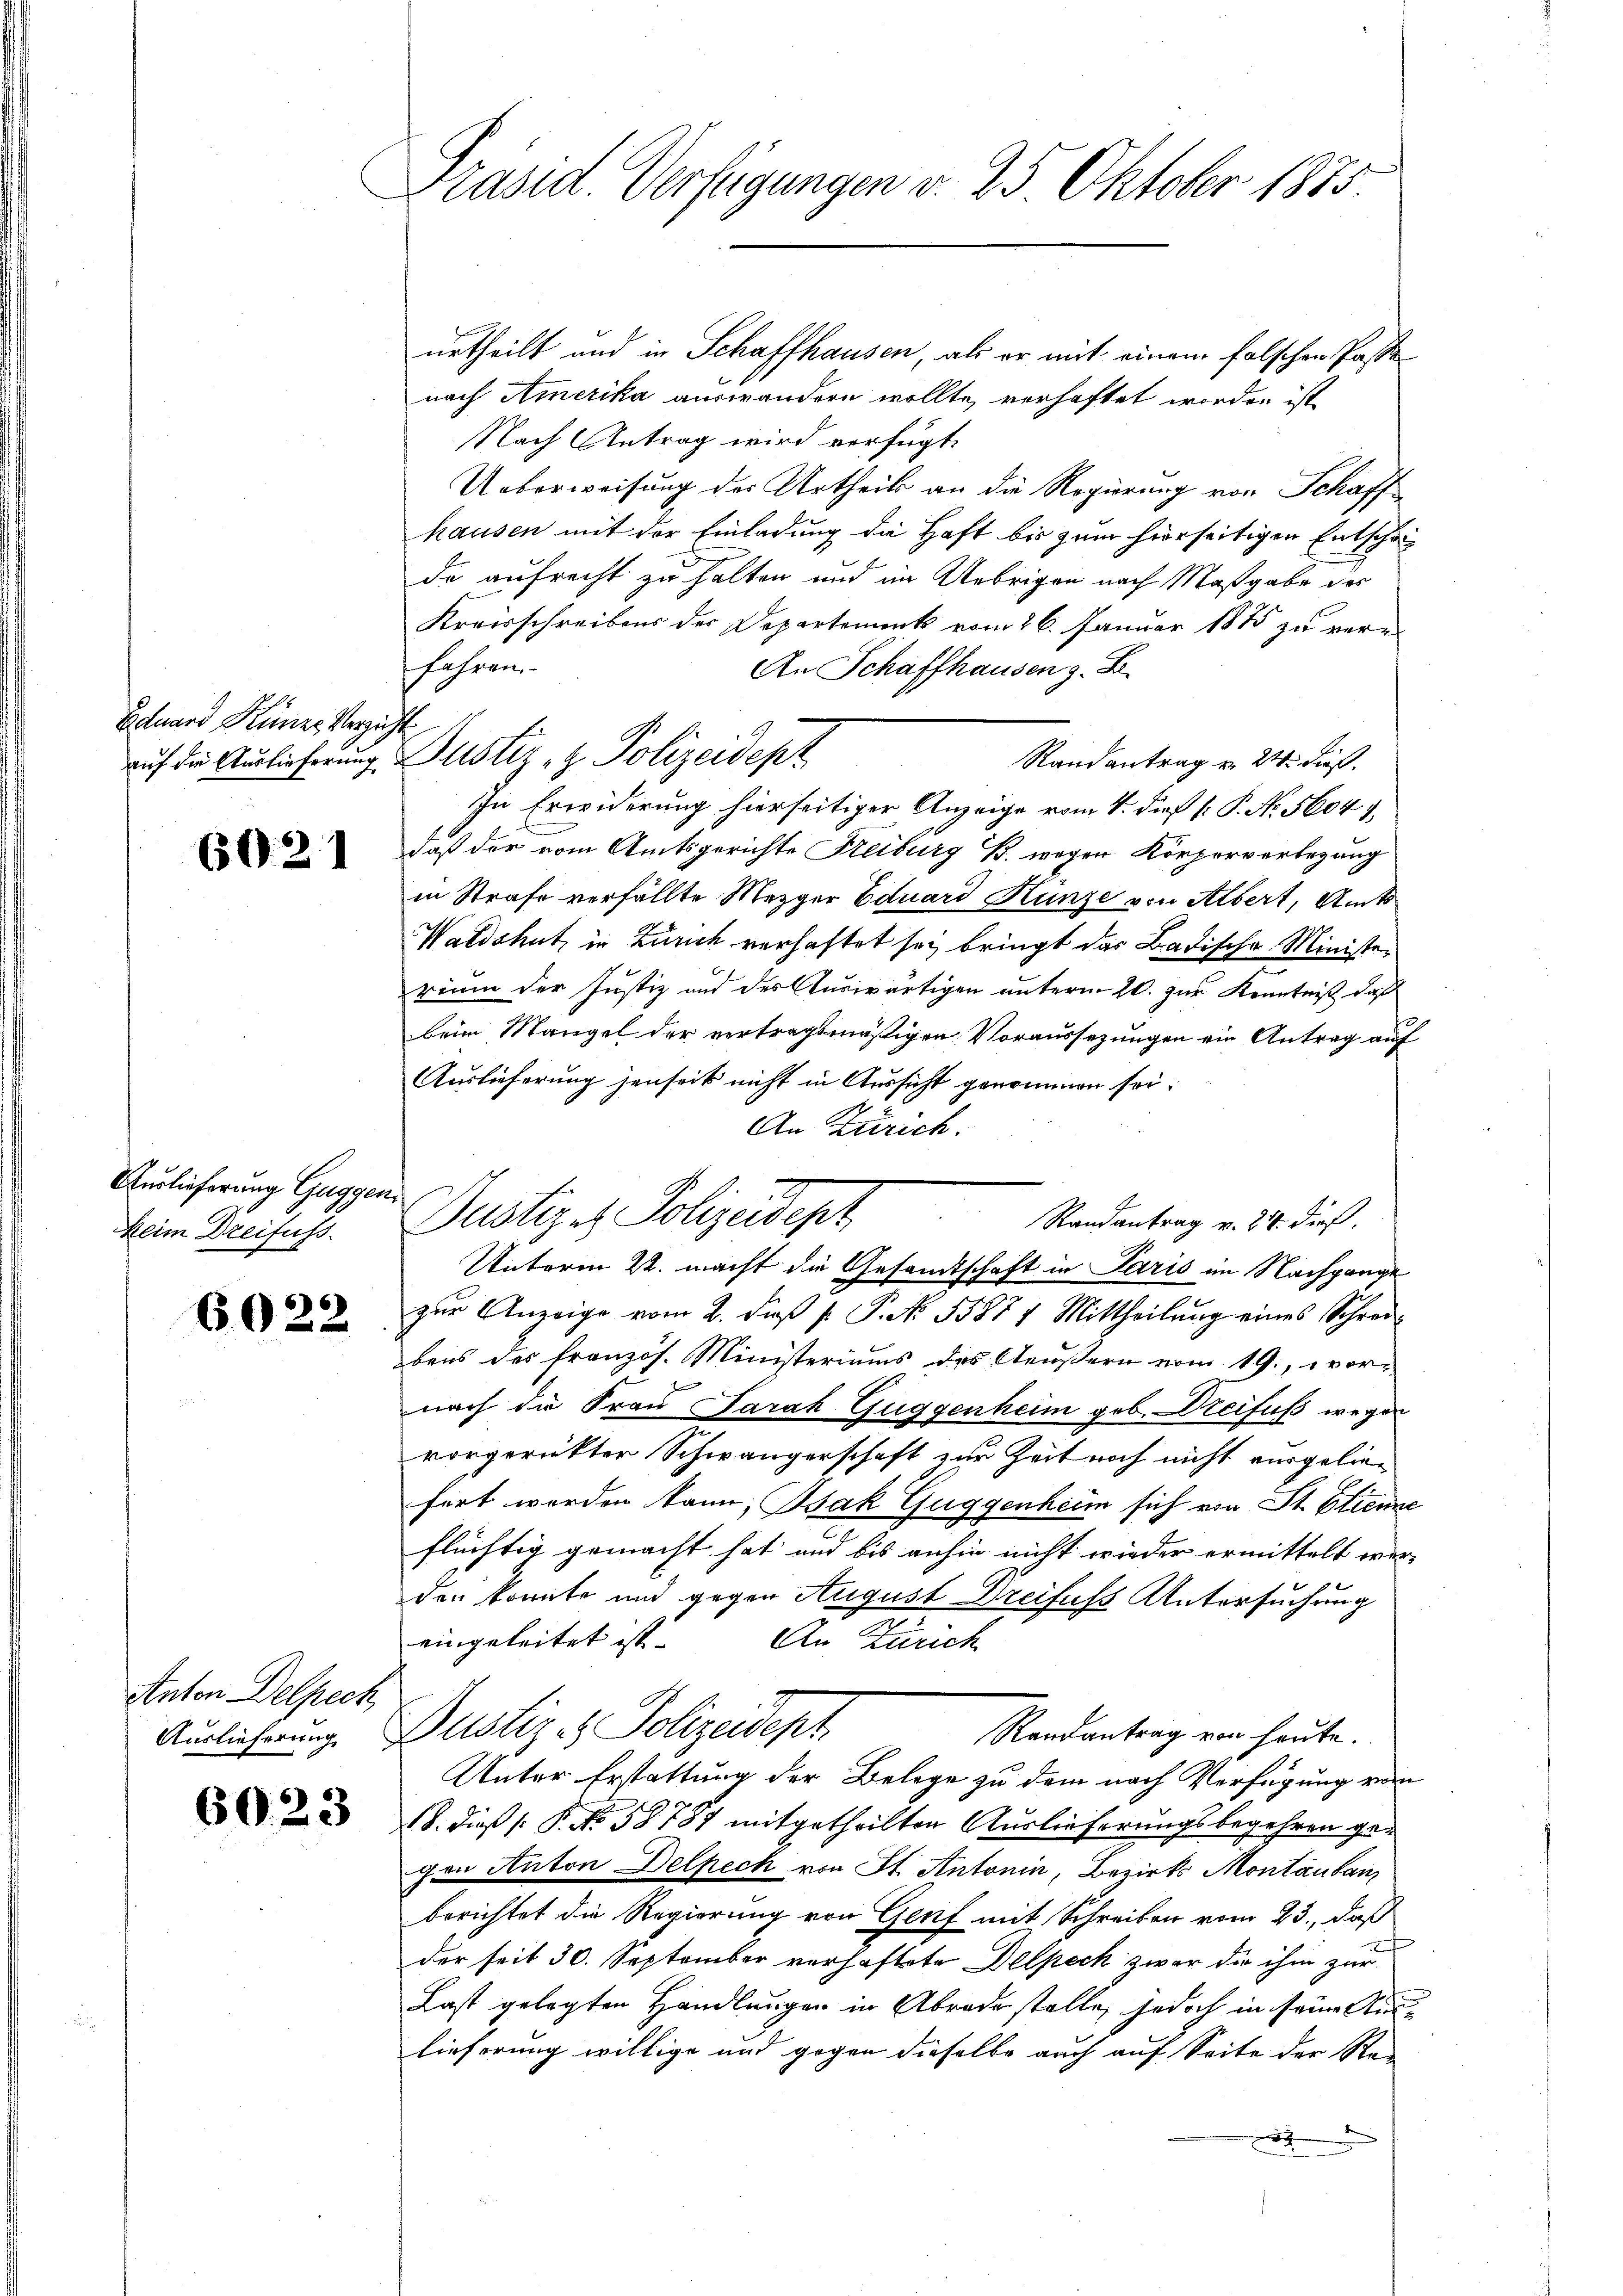
Eduard Künze Verzu

6021

Auslieferung Guggen
Keim Dreifuss.

6022.

Anton Delpeck,

6023

Präsid Verfügungen v. 25 Oktober 1875.

k
auf die Auslieferung Justiz- & Polizeidepz
In Erwiderung hierseitiger Anzeige vom 4. dieß P. P. No. 56049.

urtheilt und in Schaffhausen, als er mit einem falschen Paste
nach Amerika auswandern wollte, verhaftet worden ist,
Nach Antrag wird verfügt:
Ueberweisung des Urtheils an die Regierung von Schaff
hausen mit der Einladung die Haft bis zum hierseitigen Entschaf
de aufrecht zu halten und im Uebrigen nach Maßgabe des
Kreisschreibens der Departement vom 26. Januar 1885 zu verfahren.
An Schaffhausen z. B.
Randantrag v. 24. dieß,
daß der vom Amtsgerichte Freiburg B. wegen Körperverlegung
in Strafe verfällte Mezger Eduard Hunze von Albert, Amts
Waldshut, in Zürich verhaftet sei bringt das Badische Ministerium der Justiz und des Auswärtigen unterm 20. zur Kenntniß, daß
beim Mangel der vertragsmäßigen Voraussezungen ein Antrag auf
Auslieferung jenseit nicht in Aussicht genommen sei.
An Zürich.
Randantrag v. 24. dieß.
zŭr Anzeige vom 2. dβ p. P. No. 53854 Mittheilŭng eines Schrei-
bens des französ. Ministeriums des Aeußern vom 19. vornach die Frau arak Guggenheim geb. reifuß wegen
vorgerückter Schwängerschaft zur Zeit noch nicht ausgeliefert werden kann; Bak Guggenheim sich von St. Etienner
flüchtig gemacht hat und bis anhin nicht wieder ermittelt wer-
den konnte und gegen August Dreifuss Untersuchung
eingeleitet ist. An Zürich
Auslieferung. Pustiz - Polizeidept
Randantrag von heute.
Unter Erstattung der Belege zu dem nach Verfügung von
18. dieß P. No. 58787 mitgetheilten Auslieferungsbegehren gegen Anton Delpeck von St. Antonia, Bezirks Montausan
berichtet die Regierung von Genf mit Schreiben vom 23., daß
der seit 30. September verhaftete Delpeck zwar die ihm zur
Last gelegten Handlungen in Abrede stelle, jedoch in seine Auslieferung willige und gegen dieselbe auch auf Seite der Re¬
.

Justiz - Polizeidepz
Unterm 22. macht die Gesandtschaft in Paris im Nachgange